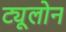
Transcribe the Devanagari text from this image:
ट्यूलोन